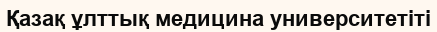
Қазақ ұлттық медицина университетіті